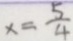
x = \frac { 5 } { 4 }